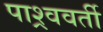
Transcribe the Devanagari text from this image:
पाश्र्ववर्ती